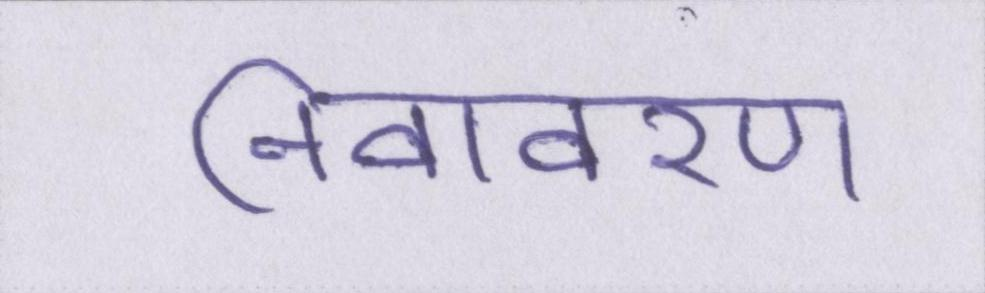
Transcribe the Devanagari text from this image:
निवावरण